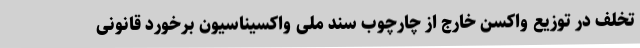
تخلف در توزیع واکسن خارج از چارچوب سند ملی واکسیناسیون برخورد قانونی